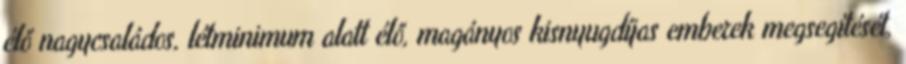
élő nagycsaládos, létminimum alatt élő, magányos kisnyugdíjas emberek megsegítését,